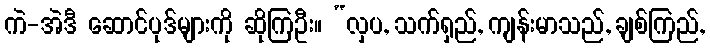
ကဲ-အဲဒီ ဆောင်ပုဒ်များကို ဆိုကြဦး။ “လှပ, သက်ရှည်, ကျန်းမာသည်, ချစ်ကြည်,